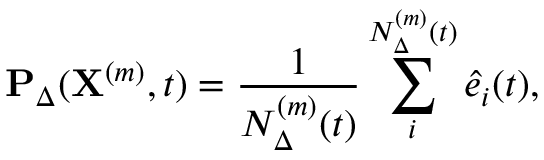
\mathbf { P } _ { \Delta } ( \mathbf { X } ^ { ( m ) } , t ) = \frac { 1 } { N _ { \Delta } ^ { ( m ) } ( t ) } \sum _ { i } ^ { N _ { \Delta } ^ { ( m ) } ( t ) } \hat { e } _ { i } ( t ) ,